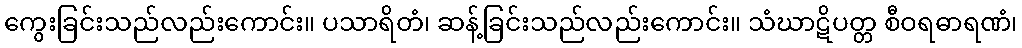
ကွေးခြင်းသည်လည်းကောင်း။ ပသာရိတံ၊ ဆန့်ခြင်းသည်လည်းကောင်း။ သံဃာဋိပတ္တ စီဝရဓာရဏံ၊